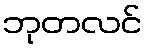
ဘုတလင်